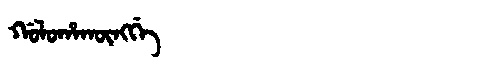
Manchu: ᡤᠣᠯᠣᡥᠠᡴᡡᠩᡤᡝ
Romanization: GOLOHAKŪNGGE